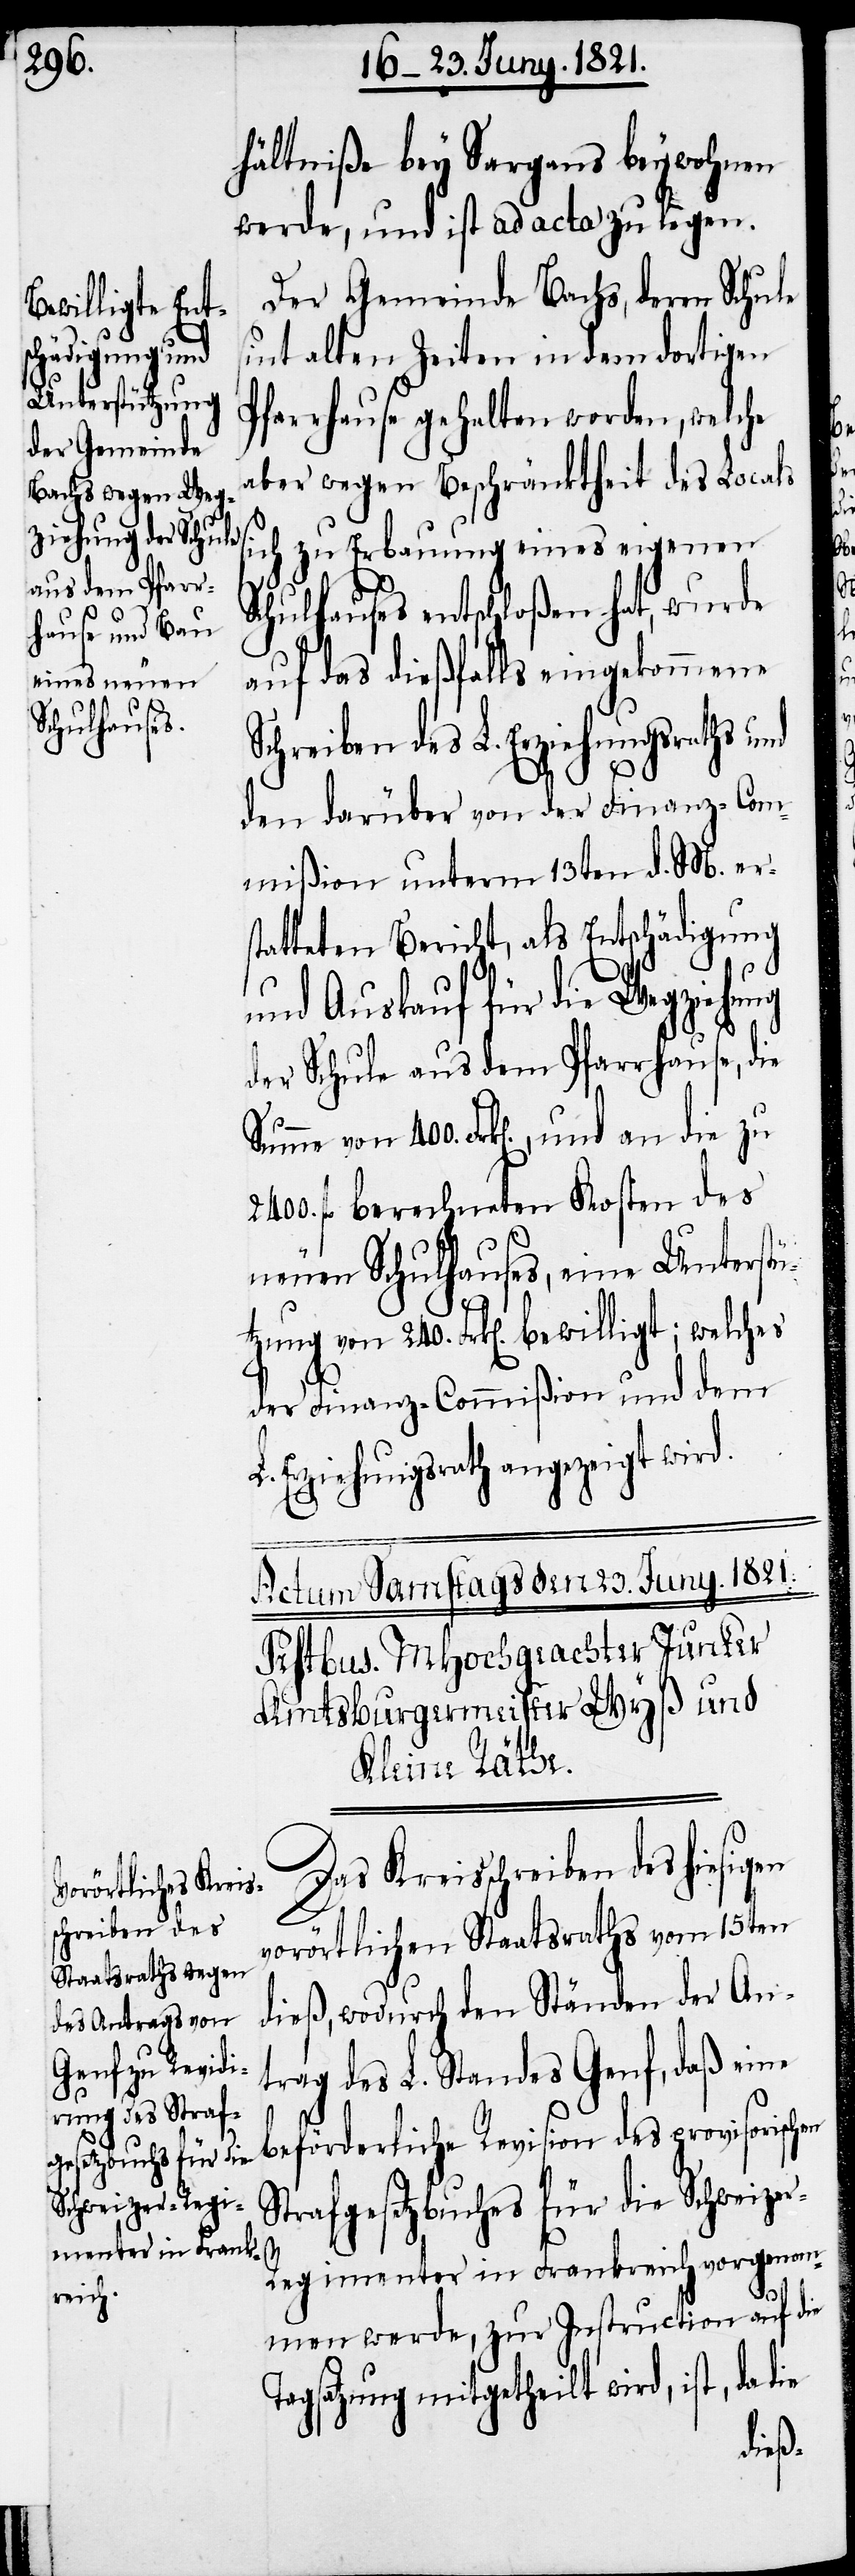
240.
tützung von

hältniße bey Sargans beywohnen
werde, und ist ad acta zu legen.
Der Gemeinde Bachs, deren Schule
sint alten Zeiten in dem dortigen
Pfarrhause gehalten worden, welche
aber wegen Beschränktheit des Locals
sich zu Erbauung eines eigenen
Schulhauses entschloßen hat, wurde
auf das dießfalls eingekommene
Schreiben des L. Erziehungsraths und
den darüber von der Finanz-Com¬
mißion unterm 13ten d. M. ers¬
tatteten Bericht, als Entschädigung
und Auskauf für die Wegziehung
der Schule aus dem Pfarrhause, die
Summe von 400. Frk[en]., und an die zu
fl. berechneten Kosten des
neuen Schulhauses, eine Unters¬
der Finanz-Commißion und dem
Erziehungsrath angezeigt wird.
Das Kreisschreiben des hiesig¬
vorörtlichen Staatsraths vom 15ten
dieß, wodurch den Ständen der An¬
trag des L. Standes Genf, daß eine
beförderliche Revision des provisorisch¬
Strafgesetzbuches für die Schweize¬
en
r-Regimenter in Frankreich vorgenom¬
men werde, zur Instruction auf die
Tagsatzung mitgetheilt wird, ist, da
die